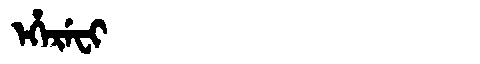
Manchu: ᡝᡥᡝᡵᡝᠸᡳ
Romanization: EHEREFI